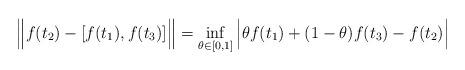
LaTeX: \begin{align*}\Big\|f(t_2) - [f(t_1), f(t_3)]\Big\| = \inf_{\theta\in[0,1]}\Big|\theta f(t_1) + (1-\theta)f(t_3) - f(t_2)\Big|\end{align*}